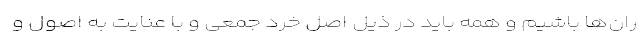
ران‌ها باشیم و همه باید در ذیل اصل خرد جمعی و با عنایت به اصول و